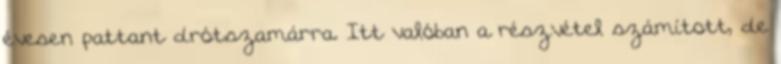
évesen pattant drótszamárra. Itt valóban a részvétel számított, de